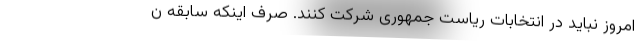
امروز نباید در انتخابات ریاست جمهوری شرکت کنند. صرف اینکه سابقه ن